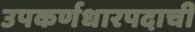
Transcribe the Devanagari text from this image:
उपकर्णधारपदाची